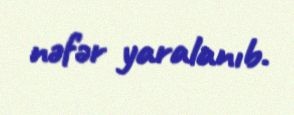
nəfər yaralanıb.